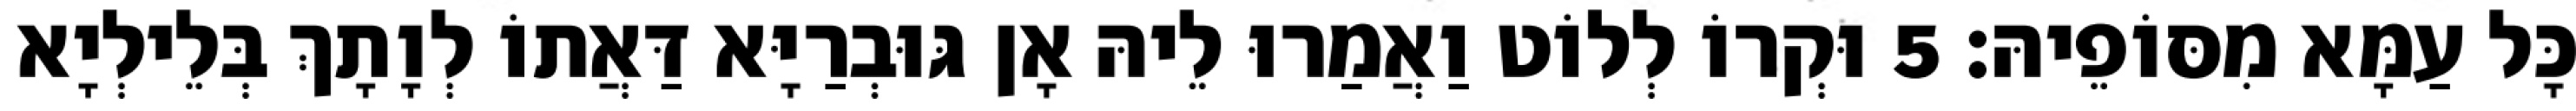
כָּל עַמָּא מִסּוֹפֵיהּ׃ 5 וּקְרוֹ לְלוֹט וַאֲמַרוּ לֵיהּ אָן גּוּבְרַיָּא דַּאֲתוֹ לְוָתָךְ בְּלֵילְיָא